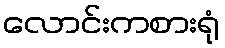
လောင်းကစားရုံ